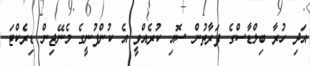
އަދި ހުރާ ބިލްޑާސްގެ ފަރާތުން ސޮއި ކުރެއްވީ އެ ކުންފުނީގެ މެނޭޖިން ޑިރެކްޓަ